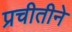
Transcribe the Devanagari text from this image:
प्रचीतीने